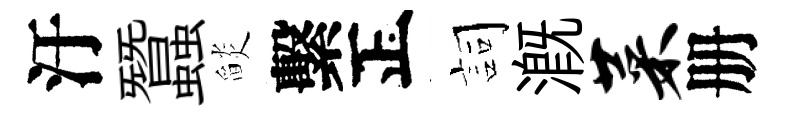
汙蠶𦦨繫正詞溉菜册